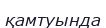
қамтуында